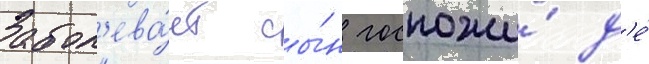
Забол'ева́ет сы́н госпожи́ д'е́